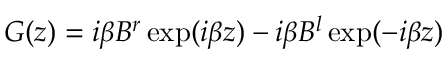
G ( z ) = i \beta B ^ { r } \exp ( i \beta z ) - i \beta B ^ { l } \exp ( - i \beta z )